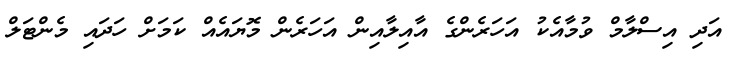
އަދި އިސްލާމް ވުމާއެކު އަހަރެންގެ އާއިލާއިން އަހަރެން މޮޔައެއް ކަމަށް ހަދައި މެންޓަލް